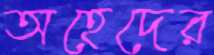
অহেদের